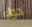
دواء